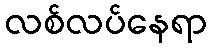
လစ်လပ်နေရာ